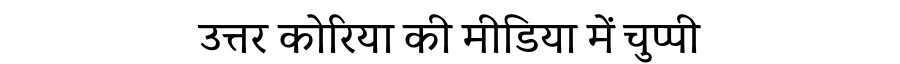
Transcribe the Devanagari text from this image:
उत्तर कोरिया की मीडिया में चुप्पी